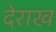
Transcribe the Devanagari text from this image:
देराख